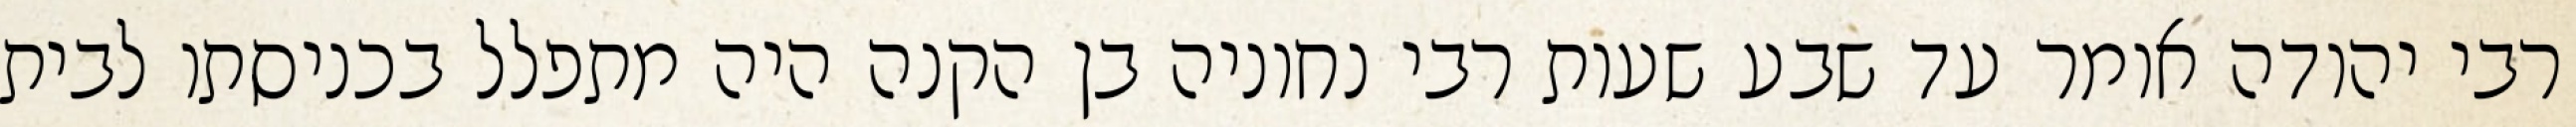
רבי יהודה אומר עד שבע שעות רבי נחוניה בן הקנה היה מתפלל בכניסתו לבית